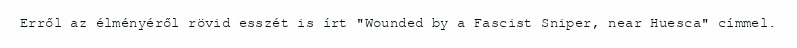
Erről az élményéről rövid esszét is írt "Wounded by a Fascist Sniper, near Huesca" címmel.